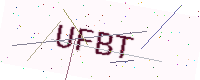
Text: UFBT